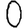
Digit: 0